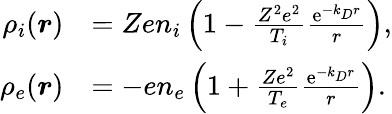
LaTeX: \begin{array}{rl}{\rho_{i}(\boldsymbol{r})}&{=Zen_{i}\left(1-\frac{Z^{2}e^{2}}{T_{i}}\frac{\mathrm{e}^{-k_{D}r}}{r}\right),}\\ {\rho_{e}(\boldsymbol{r})}&{=-en_{e}\left(1+\frac{Ze^{2}}{T_{e}}\frac{\mathrm{e}^{-k_{D}r}}{r}\right).}\end{array}